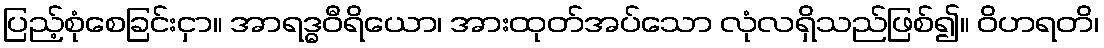
ပြည့်စုံစေခြင်းငှာ။ အာရဒ္ဓဝီရိယော၊ အားထုတ်အပ်သော လုံလရှိသည်ဖြစ်၍။ ဝိဟရတိ၊